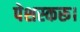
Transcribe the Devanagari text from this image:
पेशस्‍करू।